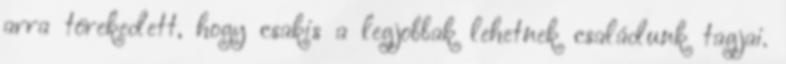
arra törekedett, hogy csakis a legjobbak lehetnek családunk tagjai.